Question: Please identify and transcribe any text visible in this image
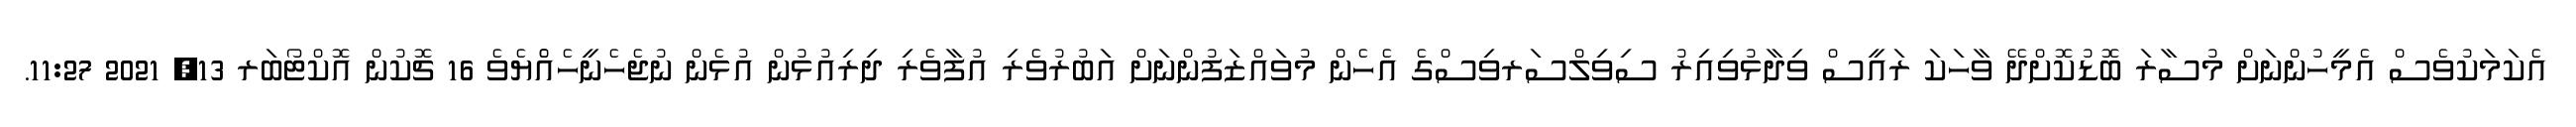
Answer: އެކަމަކުވެސް އެމީހުންނަށް މުސާރަ ބޮޑުކޮށްދޭ ވާހަކަ ރައީސް ވިދާޅުވިއިރު ސިވިލްސަރވިސްގެ އެހެން މުވައްޒަފުންނަށް އަބުރުވެރި އުފާވެރި ދިރިއުޅުން އުޅެން ނުޖެހެނީހެއްެޔެވެ 16 ޗޮކުން އޮކްޓޯބަރ 13, 2021 11:27.